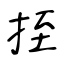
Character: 挃